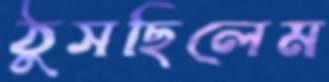
ঠুসছিলেম